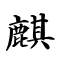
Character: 麒